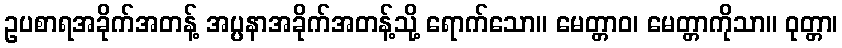
ဥပစာရအခိုက်အတန့် အပ္ပနာအခိုက်အတန့်သို့ ရောက်သော။ မေတ္တာဝ၊ မေတ္တာကိုသာ။ ဝုတ္တာ၊